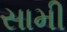
સામી